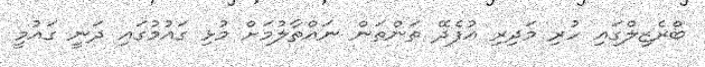
ބްރެޒިލްގައި ހުރި މަދިރި އުފެދޭ ތަންތަން ނައްތާލުމަށް މުޅި ގައުމުގައި ދަނީ ގައުމީ